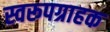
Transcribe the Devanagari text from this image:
स्वरूपग्राहक